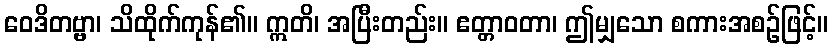
ဝေဒိတဗ္ဗာ၊ သိထိုက်ကုန်၏။ ဣတိ၊ အပြီးတည်း။ ဧတ္တာဝတာ၊ ဤမျှသော စကားအစဉ်ဖြင့်။